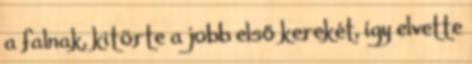
a falnak, kitörte a jobb első kerekét, így elvette